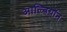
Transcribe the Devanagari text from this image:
आल्बियॉन